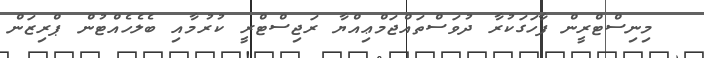
މިނިސްޓްރީން ފާހަގަކުރާ ދުވަސްތައްޖަމްޢިއްޔާ ރަޖިސްޓްރީ ކުރުމާއި ބެލެހެއްޓުން ޕްރިޒަން